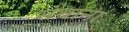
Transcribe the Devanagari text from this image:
संथाना